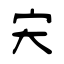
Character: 宊